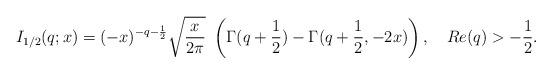
LaTeX: \begin{align*}I_{1/2}(q;x)=(-x)^{-q-\frac{1}{2}}\sqrt{\frac{x}{2\pi }}\ \left( \Gamma (q+\frac{1}{2})-\Gamma (q+\frac{1}{2},-2x)\right) ,\ \ \ Re(q)>-\frac{1}{2}. \end{align*}